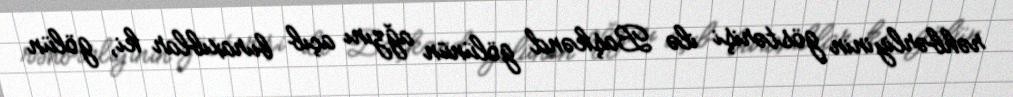
rəhbərliyinin göstərişi ilə Başkənd gölünün ağzını açıb buraxıblar ki, gölün